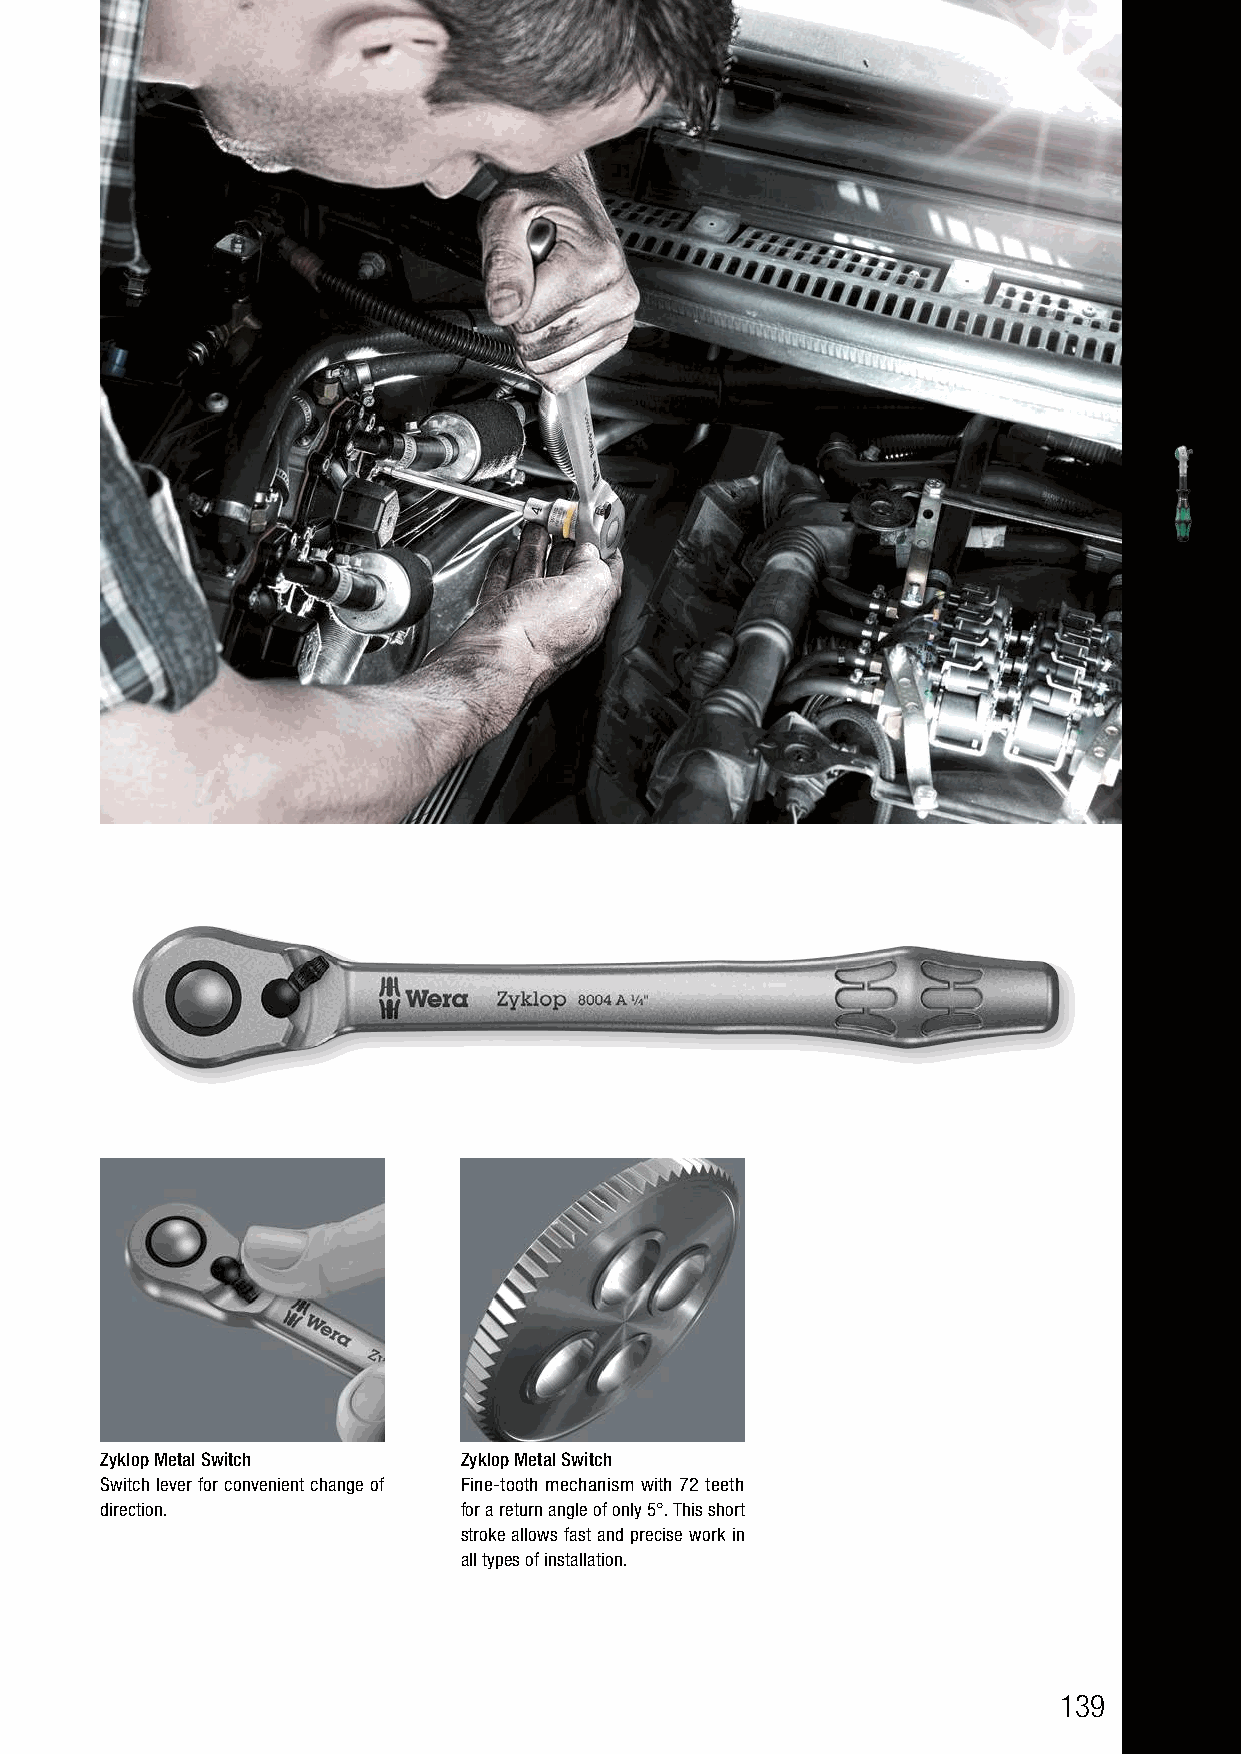
Zyklop Metal Switch    Zyklop Metal Switch
 Switch lever for convenient change of Fine-tooth mechanism with 72 teeth
 direction.             for a return angle of only 5°. This short
 stroke allows fast and precise work in
 all types of installation.
 139